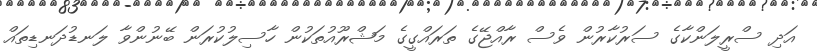
އަދި ސްރީލަންކާގެ ސަރުކާރުން ވެސް ރާއްޖޭގެ ތަރައްގީގެ މަޝްރޫއުތަކުން ހާސިލުކުރަން ބޭނުންވާ ލަނޑުދަނޑިތައް